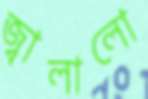
জ্বালালো